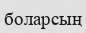
боларсың